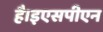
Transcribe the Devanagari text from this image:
है।इएसपीएन